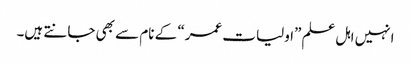
انہیں اہل علم ”اولیات عمر“ کے نام سے بھی جانتے ہیں۔